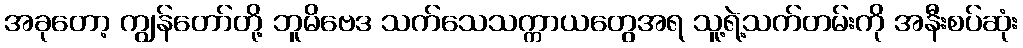
အခုတော့ ကျွန်တော်တို့ ဘူမိဗေဒ သက်သေသက္ကာယတွေအရ သူ့ရဲ့သက်တမ်းကို အနီးစပ်ဆုံး